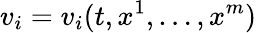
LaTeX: v_{i}=v_{i}(t,x^{1},\ldots,x^{m})